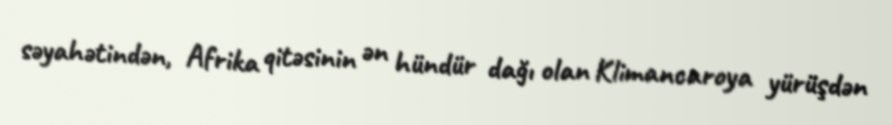
səyahətindən, Afrika qitəsinin ən hündür dağı olan Klimancaroya yürüşdən